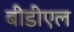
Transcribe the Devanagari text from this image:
बीडीएल